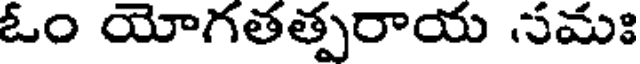
ఓం యోగతత్పరాయ సమః